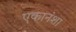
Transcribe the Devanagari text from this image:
एकानंशा